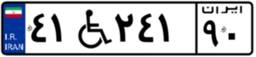
۴۱W۲۴۱۹۰